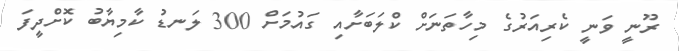
ރޫނީ ވަނީ ކެރިއަރުގެ މިހާތަނަށް ކްލަބަށާއި ގައުމަށް 300 ލަނޑު ކާމިޔާބު ކޮށްދީފަ